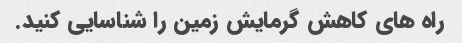
راه های کاهش گرمایش زمین را شناسایی کنید.